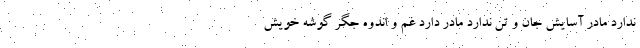
ندارد مادر آسایش جان و تن ندارد مادر دارد غم و اندوه جگر گوشه خویش